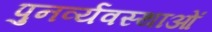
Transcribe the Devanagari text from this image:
पुनर्व्यवस्थाओं